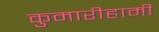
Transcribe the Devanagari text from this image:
कुमारीहामी